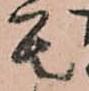
其